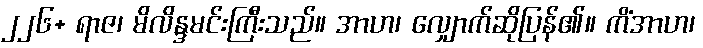
၂၂၆+ ရာဇ၊ မိလိန္ဒမင်းကြီးသည်။ အာဟ၊ လျှောက်ဆိုပြန်၏။ ကိံအာဟ၊